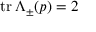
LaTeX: \operatorname { t r } \Lambda _ { \pm } ( p ) = 2